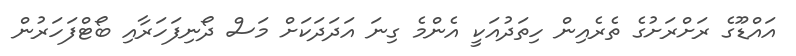
އައްޑޫގެ ރަށްރަށުގެ ތެރެއިން ހިތަދުއަކީ އެންމެ ގިނަ އަދަދަކަށް މަސް ދޯނިފަހަރާއި ބޯޓްފަހަރުން